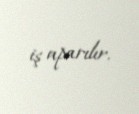
iş aparılır.